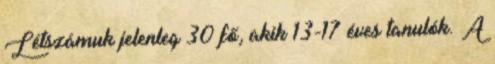
Létszámuk jelenleg 30 fő, akik 13-17 éves tanulók. A